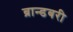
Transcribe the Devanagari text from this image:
ब्रान्डबरी